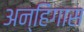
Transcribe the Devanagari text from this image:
अन्हिंगास